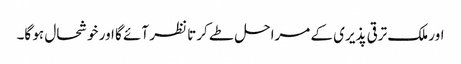
اور ملک ترقی پذیری کے مراحل طے کرتا نظر آئے گا اور خوشحال ہو گا۔